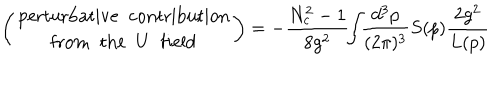
LaTeX: \left( \begin{array} { c } { { \mathrm { p e r t u r b a t i v e \; \; c o n t r i b u t i o n } } } \\ { { \mathrm { f r o m \; \; t h e \; \; } U \; \; \mathrm { f i e l d } } } \\ \end{array} \right) = - \frac { N _ { c } ^ { 2 } - 1 } { 8 g ^ { 2 } } \! \! \int \! \! \frac { d ^ { 3 } p } { ( 2 \pi ) ^ { 3 } } S ( p ) \frac { 2 g ^ { 2 } } { L ( p ) }